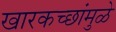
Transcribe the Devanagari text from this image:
खारकच्छांमुळे